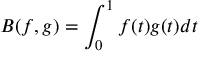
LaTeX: B ( f , g ) = \int _ { 0 } ^ { 1 } f ( t ) g ( t ) d t